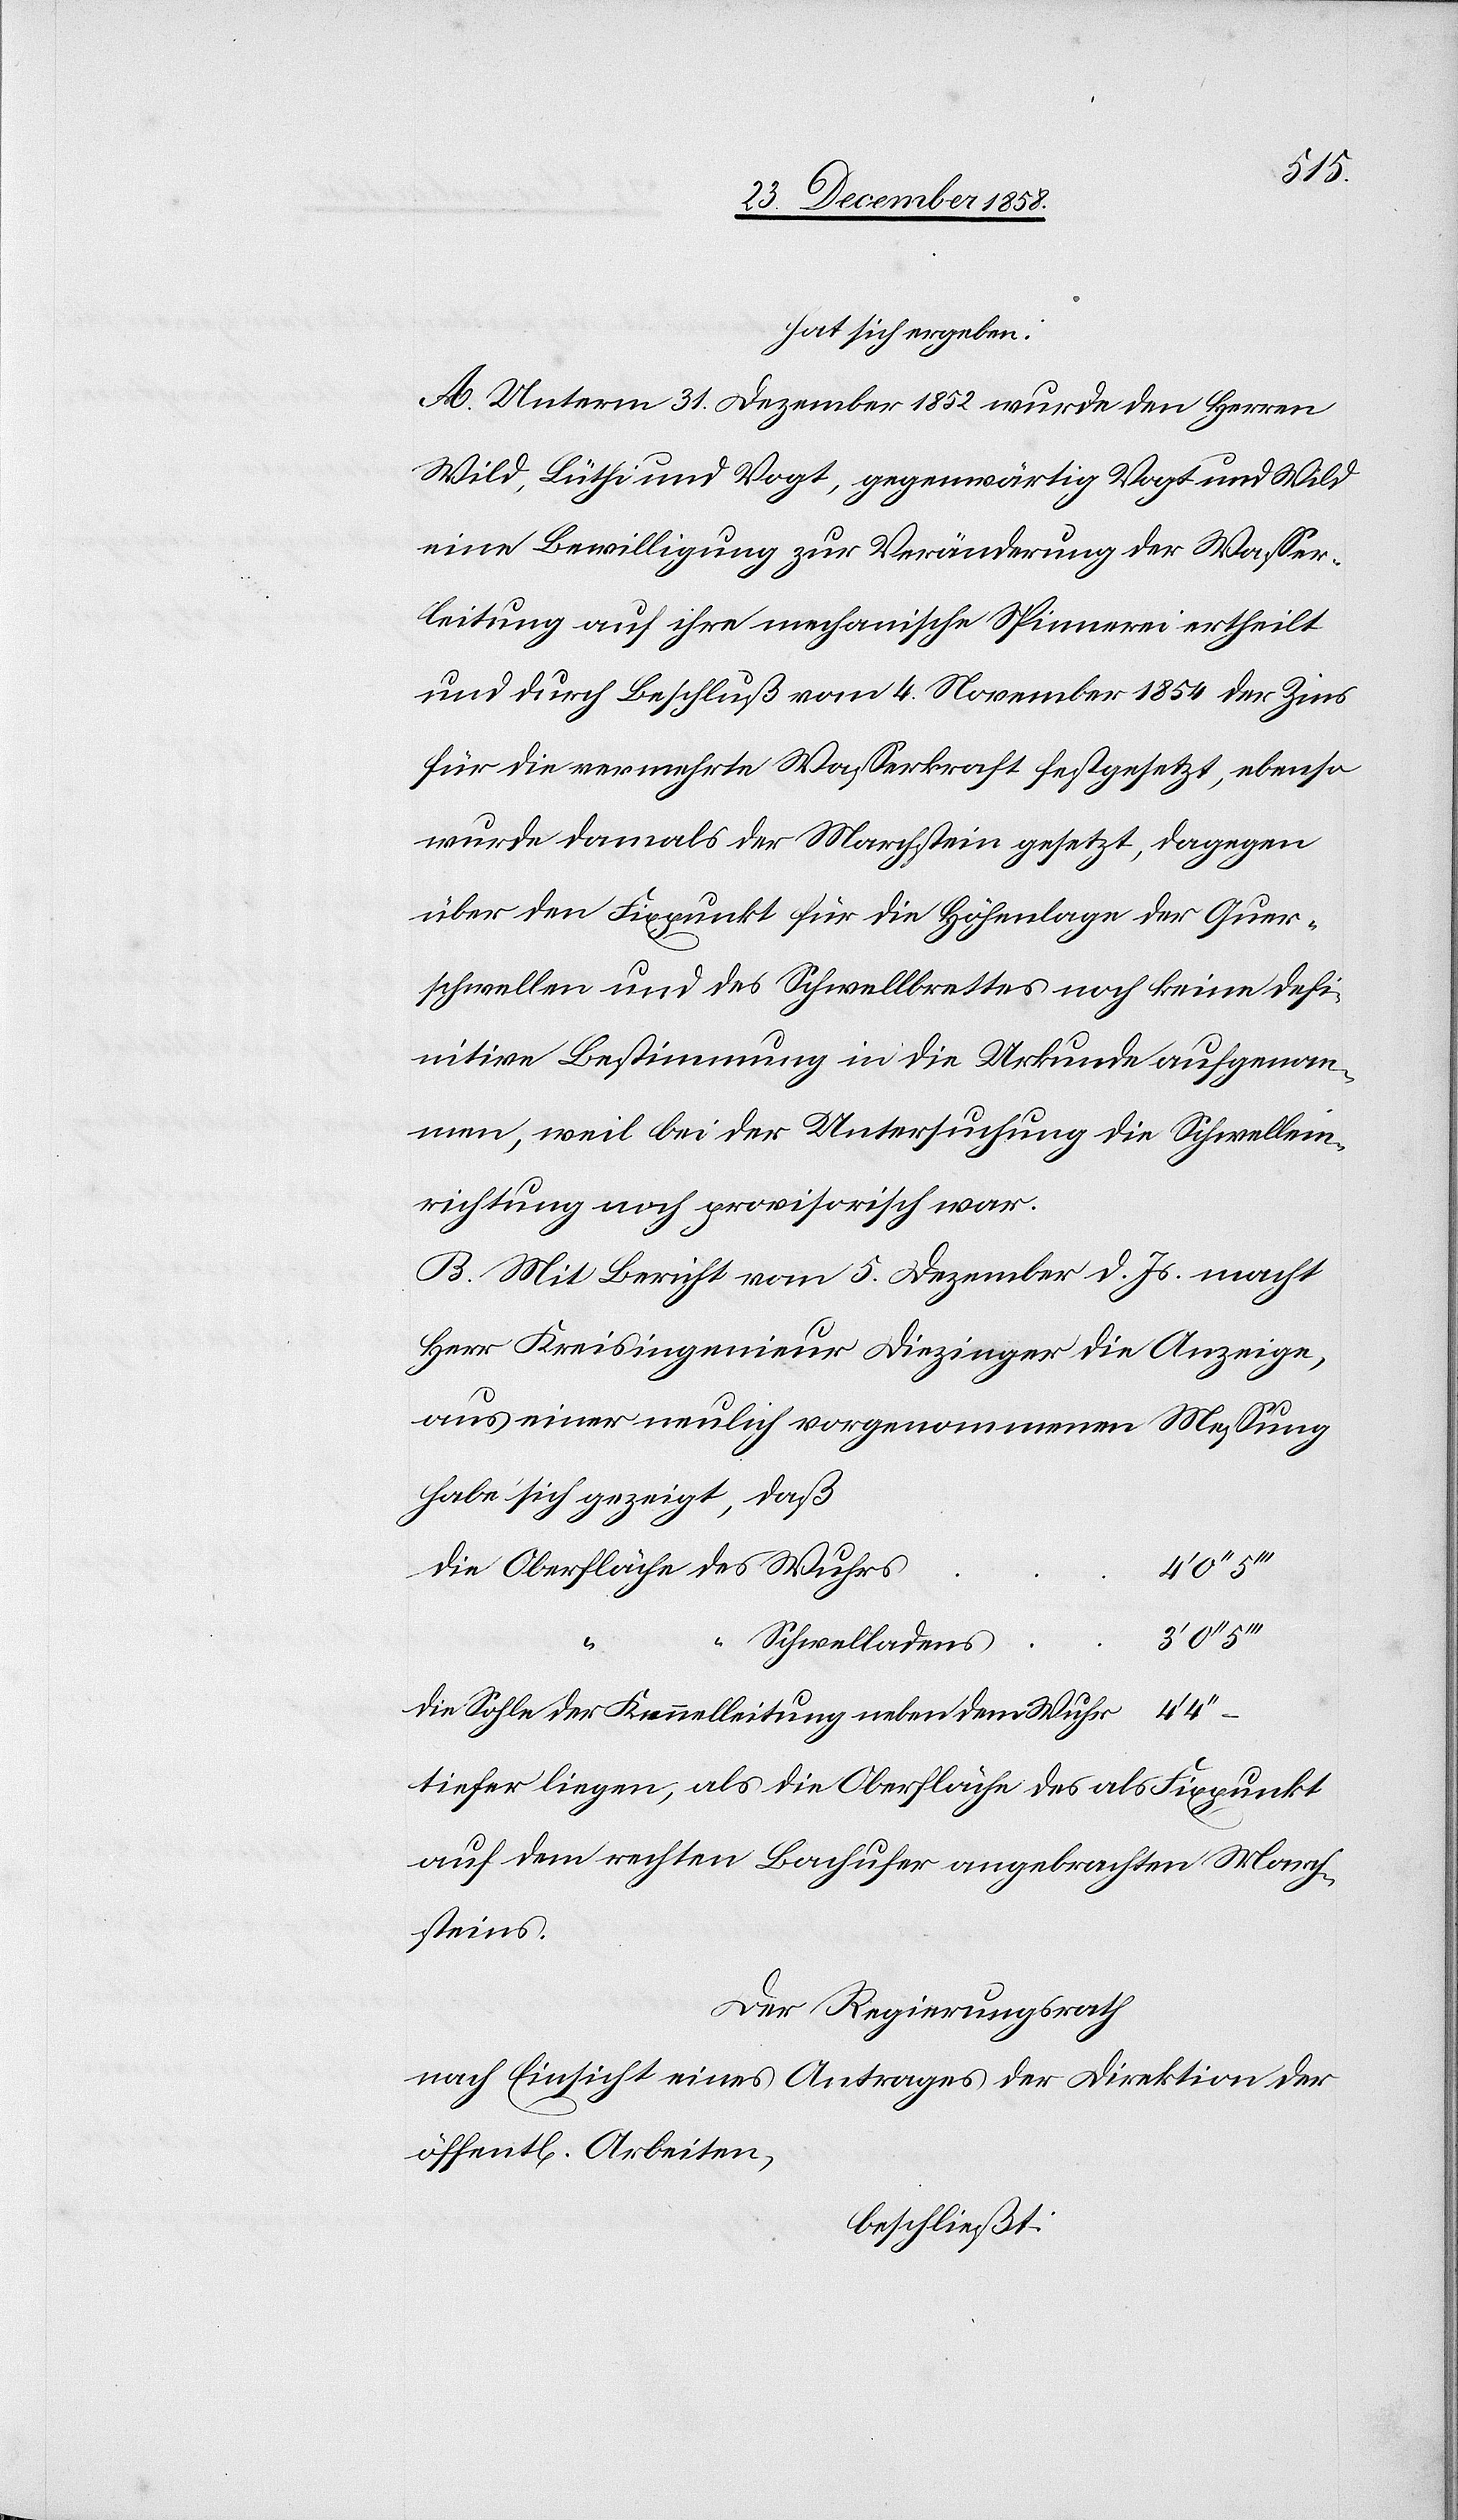
hat sich ergeben:
A. Unterm 31. Dezember 1852 wurde den Herren
Wild, Lüthi und Vogt, gegenwärtig Vogt und Wild
eine Bewilligung zur Veränderung der Wasser¬
leitung auf ihre mechanische Spinnerei ertheilt
und durch Beschluß vom 4. November 1854 der Zins
für die vermehrte Wasserkraft festgesetzt, ebenso
wurde damals der Marchstein gesetzt, dagegen
über den Fixpunkt für die Höhenlage der Quer¬
schwellen und des Schwellbrettes noch keine defi¬
nitive Bestimmung in die Urkunde aufgenom¬
men, weil bei der Untersuchung die Schwellein¬
richtung noch provisorisch war.
B. Mit Bericht vom 5. Dezember d. Js. macht
Herr Kreisingenieur Diezinger die Anzeige,
aus einer neulich vorgenommenen Messung
habe sich gezeigt, daß
die Oberfläche des Wuhrs
“ Schwelladens
die Sohle der Kennelleitung neben dem Wuhr
tiefer liegen, als die Oberfläche des als Fixpunkt
auf dem rechten Bachufer angebrachten March¬
steins.
Der Regierungsrath
nach Einsicht eines Antrages der Direktion der
öffent[lichen] Arbeiten,
beschließt: